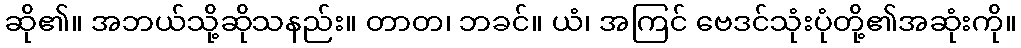
ဆို၏။ အဘယ်သို့ဆိုသနည်း။ တာတ၊ ဘခင်။ ယံ၊ အကြင် ဗေဒင်သုံးပုံတို့၏အဆုံးကို။